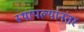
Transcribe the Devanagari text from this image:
स्थापल्यानंतर